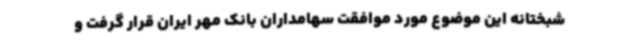
شبختانه این موضوع مورد موافقت سهامداران بانک مهر ایران قرار گرفت و